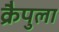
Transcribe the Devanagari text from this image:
क्रैपुला